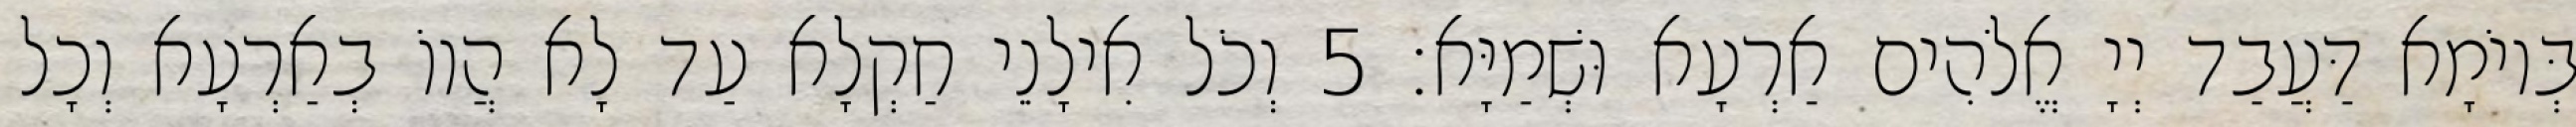
בְּיוֹמָא דַּעֲבַד יְיָ אֱלֹהִים אַרְעָא וּשְׁמַיָּא׃ 5 וְכֹל אִילָנֵי חַקְלָא עַד לָא הֲווֹ בְאַרְעָא וְכָל